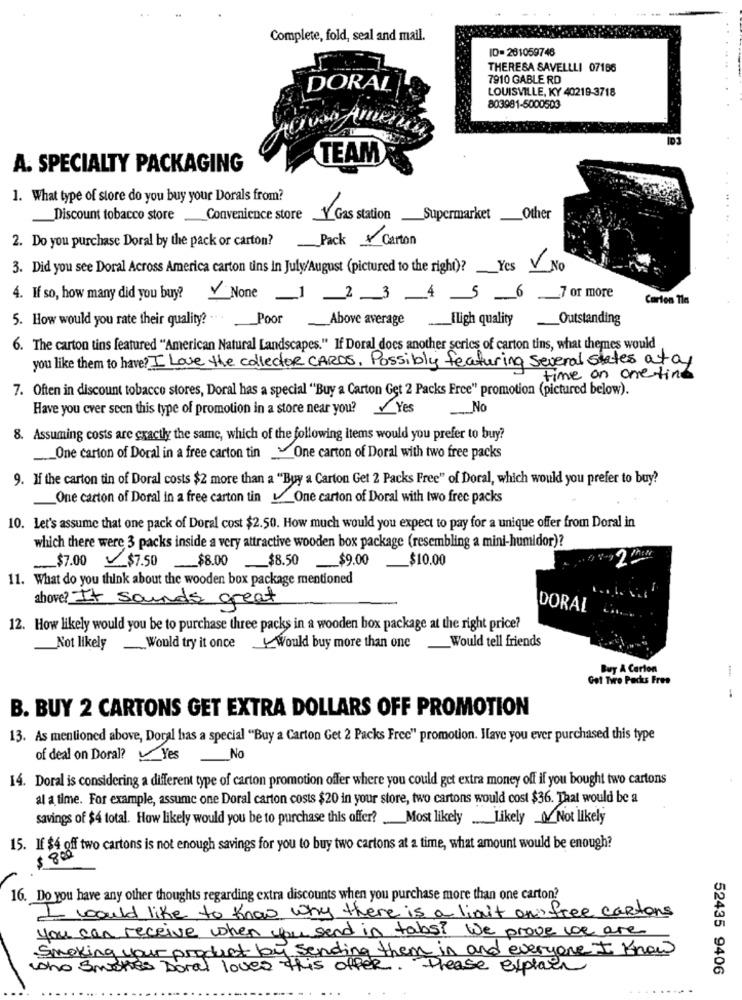
Complete, fold, seal and mail.
ID=281059746
THERESA SAVELLLI 07186
7910 GABLE RD
DORAL
LOUISVILLE, KY 40219-3718
803981-5000503
TEAM
A. SPECIALTY PACKAGING
1. What type of store do you buy your Dorals from?
Discount tobacco store .Convenience store
Gas station_Supermarket_Other
2. Do you purchase Doral by the pack or carton?
Pack Carton
3. Did you see Doral Across America carton uns in July/August (pictured to the right)?Yes No
4. If so, how many did you buy?None _1_2_3 _4 5 _6 _7 or more
Carton Tim
5. How would you rate their quality? ...
Poor Above average Iligh quality
Outstanding
6. The carton tins featured "American Natural Landscapes." If Doral does another series of carton tins, what themes would
you like them to have? I Love the collector CARDS, Possibly featuring several states atoy
time on one line
7. Often in discount tobacco stores, Doral has a special ""Buy a Carton Get 2 Packs Erce" promotion (pictured below).
Have you ever seen this type of promotion in a store near you? Yes
No
8. Assuming costs are gractly the same, which of the following items would you prefer to buy?
One carton of Doral in a free carton tinOne carton of Doral with two free packs
9. If the carton tin of Doral costs $2 more than a "Buy a Carton Get 2 Packs Free" of Doral, which would you prefer to buy?
One carton of Doral in a free carton tinOne carton of Doral with two free packs
10. Let's assume that one pack of Doral cost $2.50. How much would you expect to pay for a unique offer from Doral in
which there were 3 packs inside a very attractive wooden box package (resembling a mini-humidor)?
_$7.00 $7.50
_$10.00
2
_$8.00_$8.50_$9.00
11. What do you think about the wooden box package mentioned
above? It sounds great
DORAI
12. How likely would you be to purchase three packs in a wooden box package at the right price?
Would tell friends
Not likely Would try it once
Would buy more than one
Buy A Carton
Got Two Packs Free
B. BUY 2 CARTONS GET EXTRA DOLLARS OFF PROMOTION
13. As mentioned above, Doral has a special "Buy a Carton Get 2 Packs Frec" promotion. Have you ever purchased this type
of deal on Doral? Yes
No
14. Doral is considering a different type of carton promotion offer where you could get extra money off if you bought two cartons
al a time. For example, assume one Doral carton costs $20 in your store, two cartons would cost $36. That would be a
savings of $4 total. How likely would you be to purchase this offer ?_ Most likely Likely Not likely
15. If $4 off two cartons is not enough savings for you to buy two cartons at a time, what amount would be enough?
$ 800
16. Do you have any other thoughts regarding extra discounts when you purchase more than one carton?
I would like to know why there is a liait on free cartons
you can receive when you send in tabs? We prove we are
Smoking your product by sending them in and everyone I know
who Smertes Doral loves this offer. Please explain
52435 9406